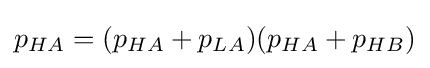
p_{HA}=(p_{HA}+p_{LA})(p_{HA}+p_{HB})